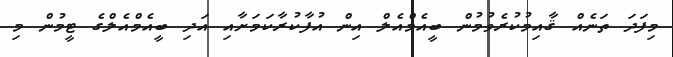
މިފަދަ ތަނެއް ޤާއިމުކުރެވުމުން ބީއެމްއެލް އިން އުފާކުރާކަމަށާއި އަދި ބީއެމްއެލްގެ ޓީމުން މި